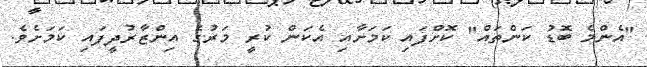
"އެންމެ ބޮޑު ކަންތައް" ކޮށްފައި ކަމަށާއި އެކަން ކުރީ މަރުގެ އިންޒާރުދީފައި ކަމަށެވެ.